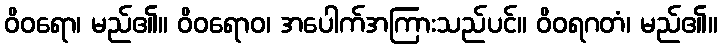
ဝိဝရော၊ မည်၏။ ဝိဝရောဝ၊ အပေါက်အကြားသည်ပင်။ ဝိဝရဂတံ၊ မည်၏။